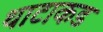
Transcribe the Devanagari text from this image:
थाटाकड